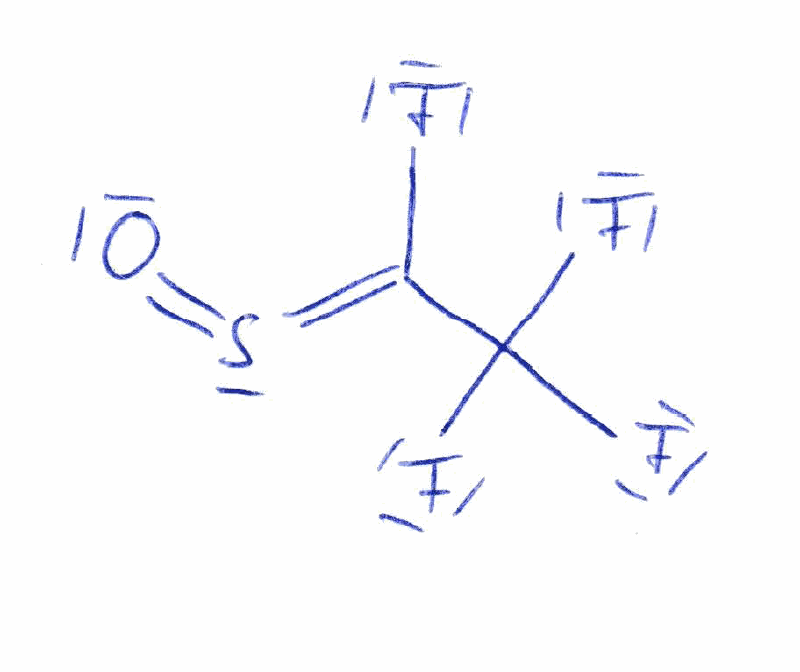
Simplified molecular-input line-entry system (SMILES) notation of the given molecule:
C(=S=O)(C(F)(F)F)F